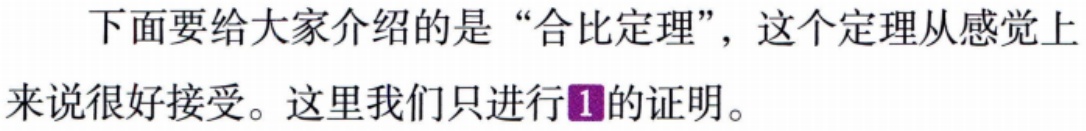
下面要给大家介绍的是“合比定理”，这个定理从感觉上来说很好接受。这里我们只进行\textcolor{purple}{1}的证明。